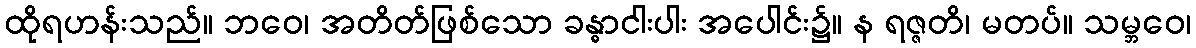
ထိုရဟန်းသည်။ ဘဝေ၊ အတိတ်ဖြစ်သော ခန္ဓာငါးပါး အပေါင်း၌။ န ရဇ္ဇတိ၊ မတပ်။ သမ္ဘဝေ၊